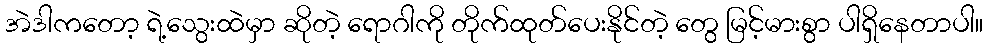
အဲဒါကတော့ ရဲ့သွေးထဲမှာ ဆိုတဲ့ ရောဂါကို တိုက်ထုတ်ပေးနိုင်တဲ့ တွေ မြင့်မားစွာ ပါရှိနေတာပါ။